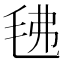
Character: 𭯗